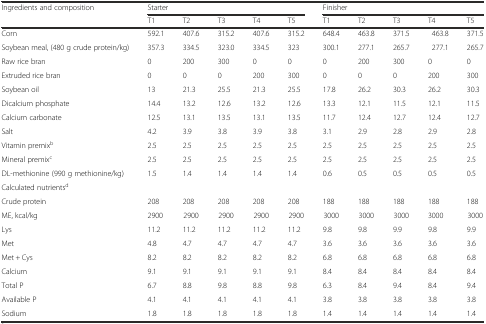
<table><thead><tr><td rowspan="2"><b>Ingredients and composition</b></td><td colspan="5"><b>Starter</b></td><td colspan="5"><b>Finisher</b></td></tr><tr><td><b>T1</b></td><td><b>T2</b></td><td><b>T3</b></td><td><b>T4</b></td><td><b>T5</b></td><td><b>T1</b></td><td><b>T2</b></td><td><b>T3</b></td><td><b>T4</b></td><td><b>T5</b></td></tr></thead><tbody><tr><td>Corn</td><td>592.1</td><td>407.6</td><td>315.2</td><td>407.6</td><td>315.2</td><td>648.4</td><td>463.8</td><td>371.5</td><td>463.8</td><td>371.5</td></tr><tr><td>Soybean meal, (480 g crude protein/kg)</td><td>357.3</td><td>334.5</td><td>323.0</td><td>334.5</td><td>323</td><td>300.1</td><td>277.1</td><td>265.7</td><td>277.1</td><td>265.7</td></tr><tr><td>Raw rice bran</td><td>0</td><td>200</td><td>300</td><td>0</td><td>0</td><td>0</td><td>200</td><td>300</td><td>0</td><td>0</td></tr><tr><td>Extruded rice bran</td><td>0</td><td>0</td><td>0</td><td>200</td><td>300</td><td>0</td><td>0</td><td>0</td><td>200</td><td>300</td></tr><tr><td>Soybean oil</td><td>13</td><td>21.3</td><td>25.5</td><td>21.3</td><td>25.5</td><td>17.8</td><td>26.2</td><td>30.3</td><td>26.2</td><td>30.3</td></tr><tr><td>Dicalcium phosphate</td><td>14.4</td><td>13.2</td><td>12.6</td><td>13.2</td><td>12.6</td><td>13.3</td><td>12.1</td><td>11.5</td><td>12.1</td><td>11.5</td></tr><tr><td>Calcium carbonate</td><td>12.5</td><td>13.1</td><td>13.5</td><td>13.1</td><td>13.5</td><td>11.7</td><td>12.4</td><td>12.7</td><td>12.4</td><td>12.7</td></tr><tr><td>Salt</td><td>4.2</td><td>3.9</td><td>3.8</td><td>3.9</td><td>3.8</td><td>3.1</td><td>2.9</td><td>2.8</td><td>2.9</td><td>2.8</td></tr><tr><td>Vitamin premix<sup>b</sup></td><td>2.5</td><td>2.5</td><td>2.5</td><td>2.5</td><td>2.5</td><td>2.5</td><td>2.5</td><td>2.5</td><td>2.5</td><td>2.5</td></tr><tr><td>Mineral premix<sup>c</sup></td><td>2.5</td><td>2.5</td><td>2.5</td><td>2.5</td><td>2.5</td><td>2.5</td><td>2.5</td><td>2.5</td><td>2.5</td><td>2.5</td></tr><tr><td>DL-methionine (990 g methionine/kg)</td><td>1.5</td><td>1.4</td><td>1.4</td><td>1.4</td><td>1.4</td><td>0.6</td><td>0.5</td><td>0.5</td><td>0.5</td><td>0.5</td></tr><tr><td>Calculated nutrients<sup>d</sup></td><td></td><td></td><td></td><td></td><td></td><td></td><td></td><td></td><td></td><td></td></tr><tr><td>Crude protein</td><td>208</td><td>208</td><td>208</td><td>208</td><td>208</td><td>188</td><td>188</td><td>188</td><td>188</td><td>188</td></tr><tr><td>ME, kcal/kg</td><td>2900</td><td>2900</td><td>2900</td><td>2900</td><td>2900</td><td>3000</td><td>3000</td><td>3000</td><td>3000</td><td>3000</td></tr><tr><td>Lys</td><td>11.2</td><td>11.2</td><td>11.2</td><td>11.2</td><td>11.2</td><td>9.8</td><td>9.8</td><td>9.9</td><td>9.8</td><td>9.9</td></tr><tr><td>Met</td><td>4.8</td><td>4.7</td><td>4.7</td><td>4.7</td><td>4.7</td><td>3.6</td><td>3.6</td><td>3.6</td><td>3.6</td><td>3.6</td></tr><tr><td>Met + Cys</td><td>8.2</td><td>8.2</td><td>8.2</td><td>8.2</td><td>8.2</td><td>6.8</td><td>6.8</td><td>6.8</td><td>6.8</td><td>6.8</td></tr><tr><td>Calcium</td><td>9.1</td><td>9.1</td><td>9.1</td><td>9.1</td><td>9.1</td><td>8.4</td><td>8.4</td><td>8.4</td><td>8.4</td><td>8.4</td></tr><tr><td>Total P</td><td>6.7</td><td>8.8</td><td>9.8</td><td>8.8</td><td>9.8</td><td>6.3</td><td>8.4</td><td>9.4</td><td>8.4</td><td>9.4</td></tr><tr><td>Available P</td><td>4.1</td><td>4.1</td><td>4.1</td><td>4.1</td><td>4.1</td><td>3.8</td><td>3.8</td><td>3.8</td><td>3.8</td><td>3.8</td></tr><tr><td>Sodium</td><td>1.8</td><td>1.8</td><td>1.8</td><td>1.8</td><td>1.8</td><td>1.4</td><td>1.4</td><td>1.4</td><td>1.4</td><td>1.4</td></tr></tbody></table>